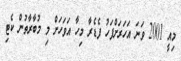
މިއީ 2001 ވަނަ އަހަރަށްފަހު ފެޑެރާ މިހާ އަވަހަށް މި މުބާރާތުން ކެޓި